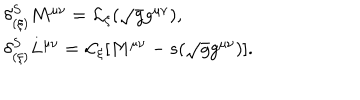
\begin{array} { l l } { { \delta _ { ( \xi ) } ^ { S } M ^ { \mu \nu } = { \cal L } _ { \xi } ( \sqrt { g } g ^ { \mu \nu } ) , } } & { { } } \\ { { \delta _ { ( \xi ) } ^ { S } L ^ { \mu \nu } = { \cal L } _ { \xi } \lbrack M ^ { \mu \nu } - s ( \sqrt { g } g ^ { \mu \nu } ) \rbrack . } } \\ \end{array}